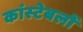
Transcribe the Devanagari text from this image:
कांस्‍टेबलों